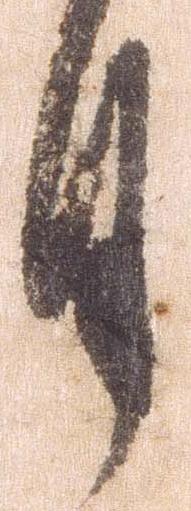
月